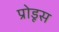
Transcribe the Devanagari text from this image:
प्रोडूस